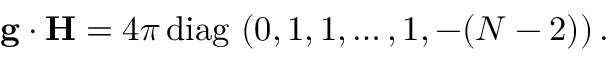
{ \bf g } \cdot { \bf H } = { 4 \pi } \, \mathrm { d i a g } \, \, ( 0 , 1 , 1 , \dots , 1 , - ( N - 2 ) ) \, .